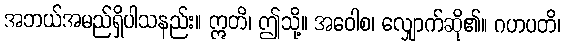
အဘယ်အမည်ရှိပါသနည်း။ ဣတိ၊ ဤသို့။ အဝေါစ၊ လျှောက်ဆို၏။ ဂဟပတိ၊